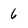
Character: 6